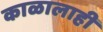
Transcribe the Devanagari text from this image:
काळालाही